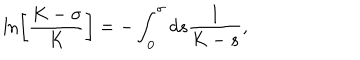
LaTeX: \ln \left[ \frac { K - \sigma } { K } \right] = - \int _ { 0 } ^ { \sigma } d s \frac { 1 } { K - s } ,